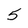
Character: 5